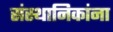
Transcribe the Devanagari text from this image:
संस्थानिकांना